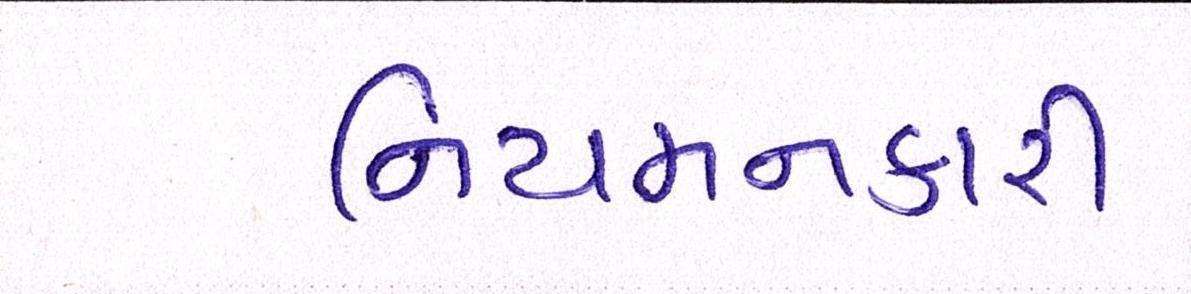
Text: નિયમનકારી